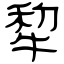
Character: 犂